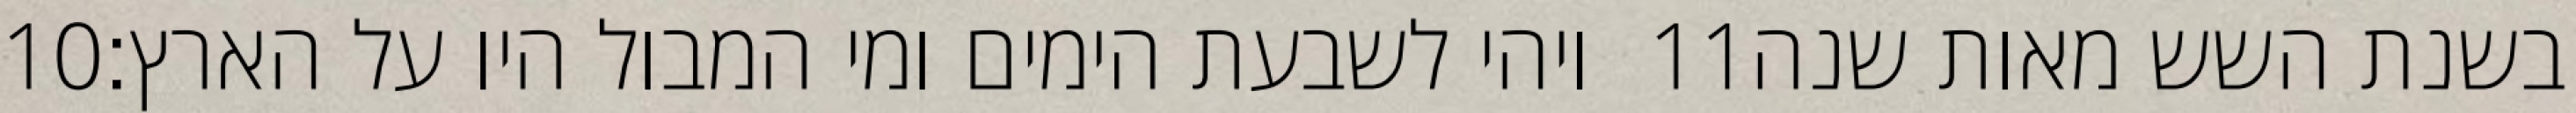
‎10‏ ויהי לשבעת הימים ומי המבול היו על הארץ׃ ‎11‏ בשנת השש מאות שנה